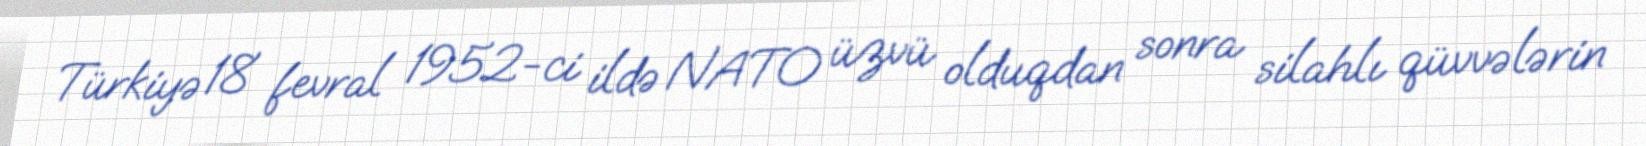
Türkiyə 18 fevral 1952-ci ildə NATO üzvü olduqdan sonra silahlı qüvvələrin